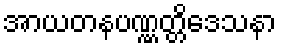
အာယတနပဏ္ဏတ္တိဒေသနာ